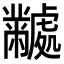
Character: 𬹜